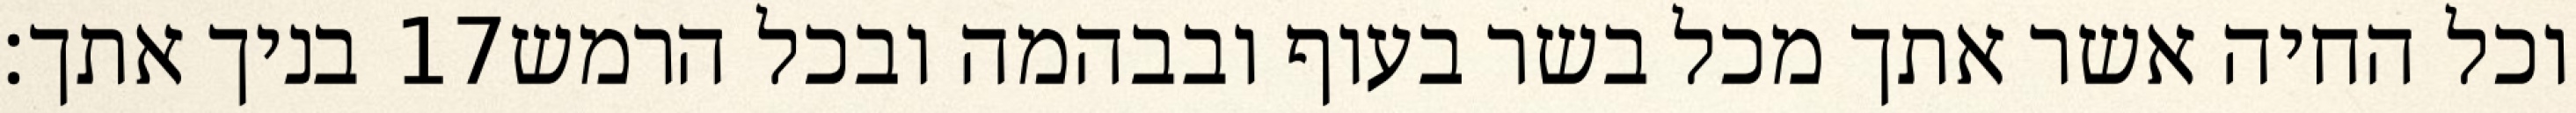
בניך אתך׃ ‎17‏ וכל החיה אשר אתך מכל בשר בעוף ובבהמה ובכל הרמש